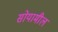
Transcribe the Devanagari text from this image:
सोयामील